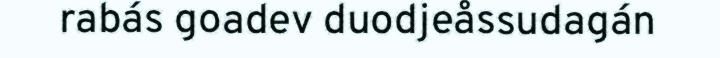
rabás goadev duodjeåssudagán